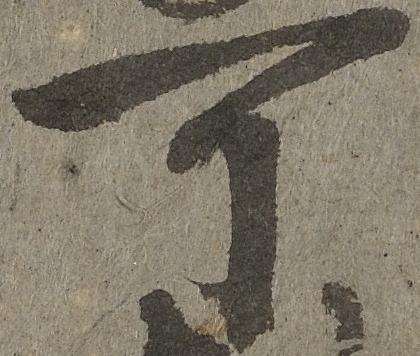
可